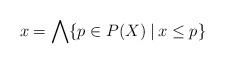
LaTeX: \begin{align*}x=\bigwedge\{p\in P(X)\:|\:x\le p\}\end{align*}